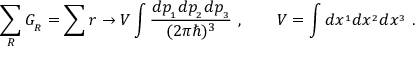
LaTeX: \sum _ { R } G _ { _ R } = \sum r \rightarrow { \cal V } \int { \frac { d p _ { _ 1 } d p _ { _ 2 } d p _ { _ 3 } } { ( 2 \pi \hbar ) ^ { 3 } } } \ , \qquad { \cal V } = \int d x ^ { _ 1 } d x ^ { _ 2 } d x ^ { _ 3 } \ .